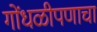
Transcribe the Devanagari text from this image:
गोंधळीपणाचा